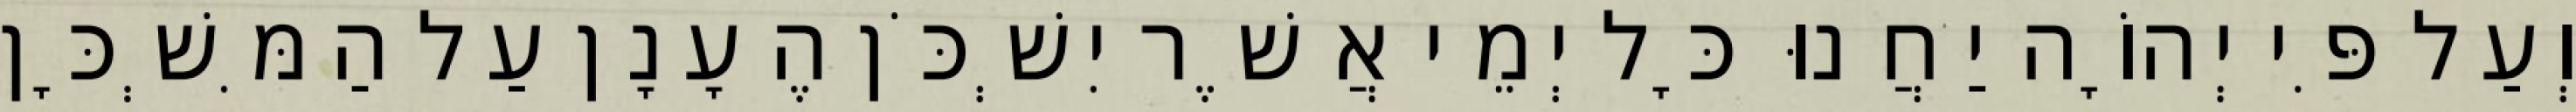
וְעַל פִּי יְהוָֹה יַחֲנוּ כָּל יְמֵי אֲשֶׁר יִשְׁכֹּן הֶעָנָן עַל הַמִּשְׁכָּן